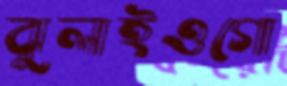
ঝুলাইওগো